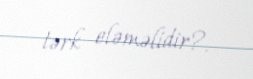
tərk eləməlidir?.